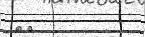
٥٧